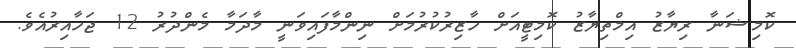
ކޮމިޝަނާ ރިޔާޒު އިމްތިޔާޒު ކޮމިޓީއަށް ހާޒިރުކުރުމަށް ނިންމާފައިވަނީ މާދަމާ މެންދުރު 12 ޖަހާއިރުއެވެ.